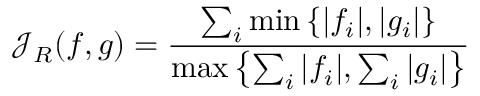
\mathcal { J } _ { R } ( \boldsymbol { f } , \boldsymbol { g } ) = \frac { \sum _ { i } \operatorname* { m i n } \left\{ | f _ { i } | , | g _ { i } | \right\} } { \operatorname* { m a x } \left\{ \sum _ { i } | f _ { i } | , \sum _ { i } | g _ { i } | \right\} }